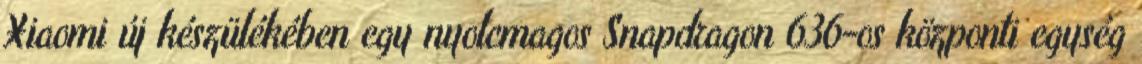
Xiaomi új készülékében egy nyolcmagos Snapdragon 636-os központi egység